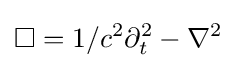
\Box =1/c^{2}\partial _{t}^{2}-\nabla ^{2}